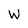
Character: W